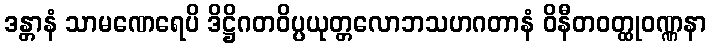
ဒန္တာနံ သာမဏေရေပိ ဒိဋ္ဌိဂတဝိပ္ပယုတ္တလောဘသဟဂတာနံ ဝိနီတဝတ္ထုဝဏ္ဏနာ